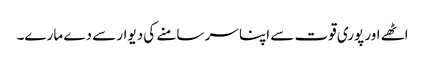
اٹھے اور پوری قوت سے اپنا سر سامنے کی دیوار سے دے مارے۔